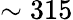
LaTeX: \sim 315